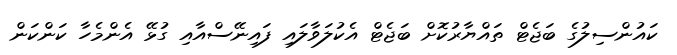
ކައުންސިލުގެ ބަޖެޓް ތައްޔާރުކޮށް ބަޖެޓް އެކުލަވާލައި ފައިނޭސްއާއި ގުޅޭ އެންމެހާ ކަންކަން